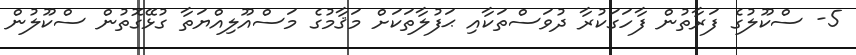
5- ސްކޫލުގެ ފަރާތުން ފާހަގަކުރާ ދުވަސްތަކާއި ޙަފުލާތަކަށް މަޤާމުގެ މަސްއޫލިއްޔަތާ ގުޅޭގޮތުން ސްކޫލުން